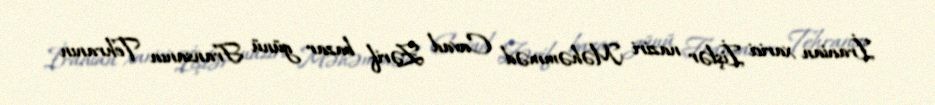
İranian xarici İişlər naziri Məhəmməd Cavad Zərif bazar günü Fransanın Tehranın